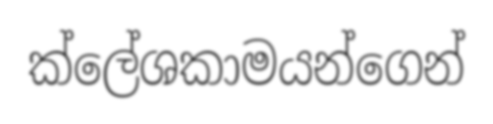
ක්ලේශකාමයන්ගෙන්